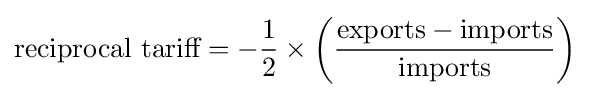
{\text{reciprocal tariff}}=-{\frac {1}{2}}\times \left({\frac {{\text{exports}}-{\text{imports}}}{\text{imports}}}\right)